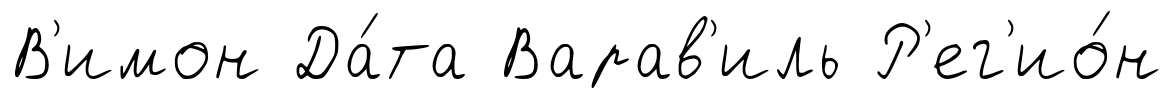
В'имон Да́та Варав'иль Р'ег'ио́н